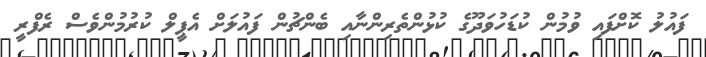
ފައުލު ކޮށްފައި ވުމުން ކުޑަހުވަދޫގެ ކުޅުންތެރިންނާއި ބެންޗުން ފައުލަށް އެޕީލް ކުރުމުންވެސް ރެފްރީ